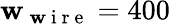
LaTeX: \mathbf{w}_{\mathrm{{~\mathbf{w}~i~r~e~}}}=400